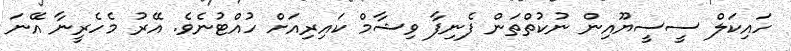
ހައިކަލް ސީސީޔޫއިން ނުކުތްތަން ފެނިފާ ވިޝާމް ކައިރިއަށް ހުއްޓުނެވެ. އޭރު މެހެރީނާ އޭނަ